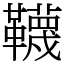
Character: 韈